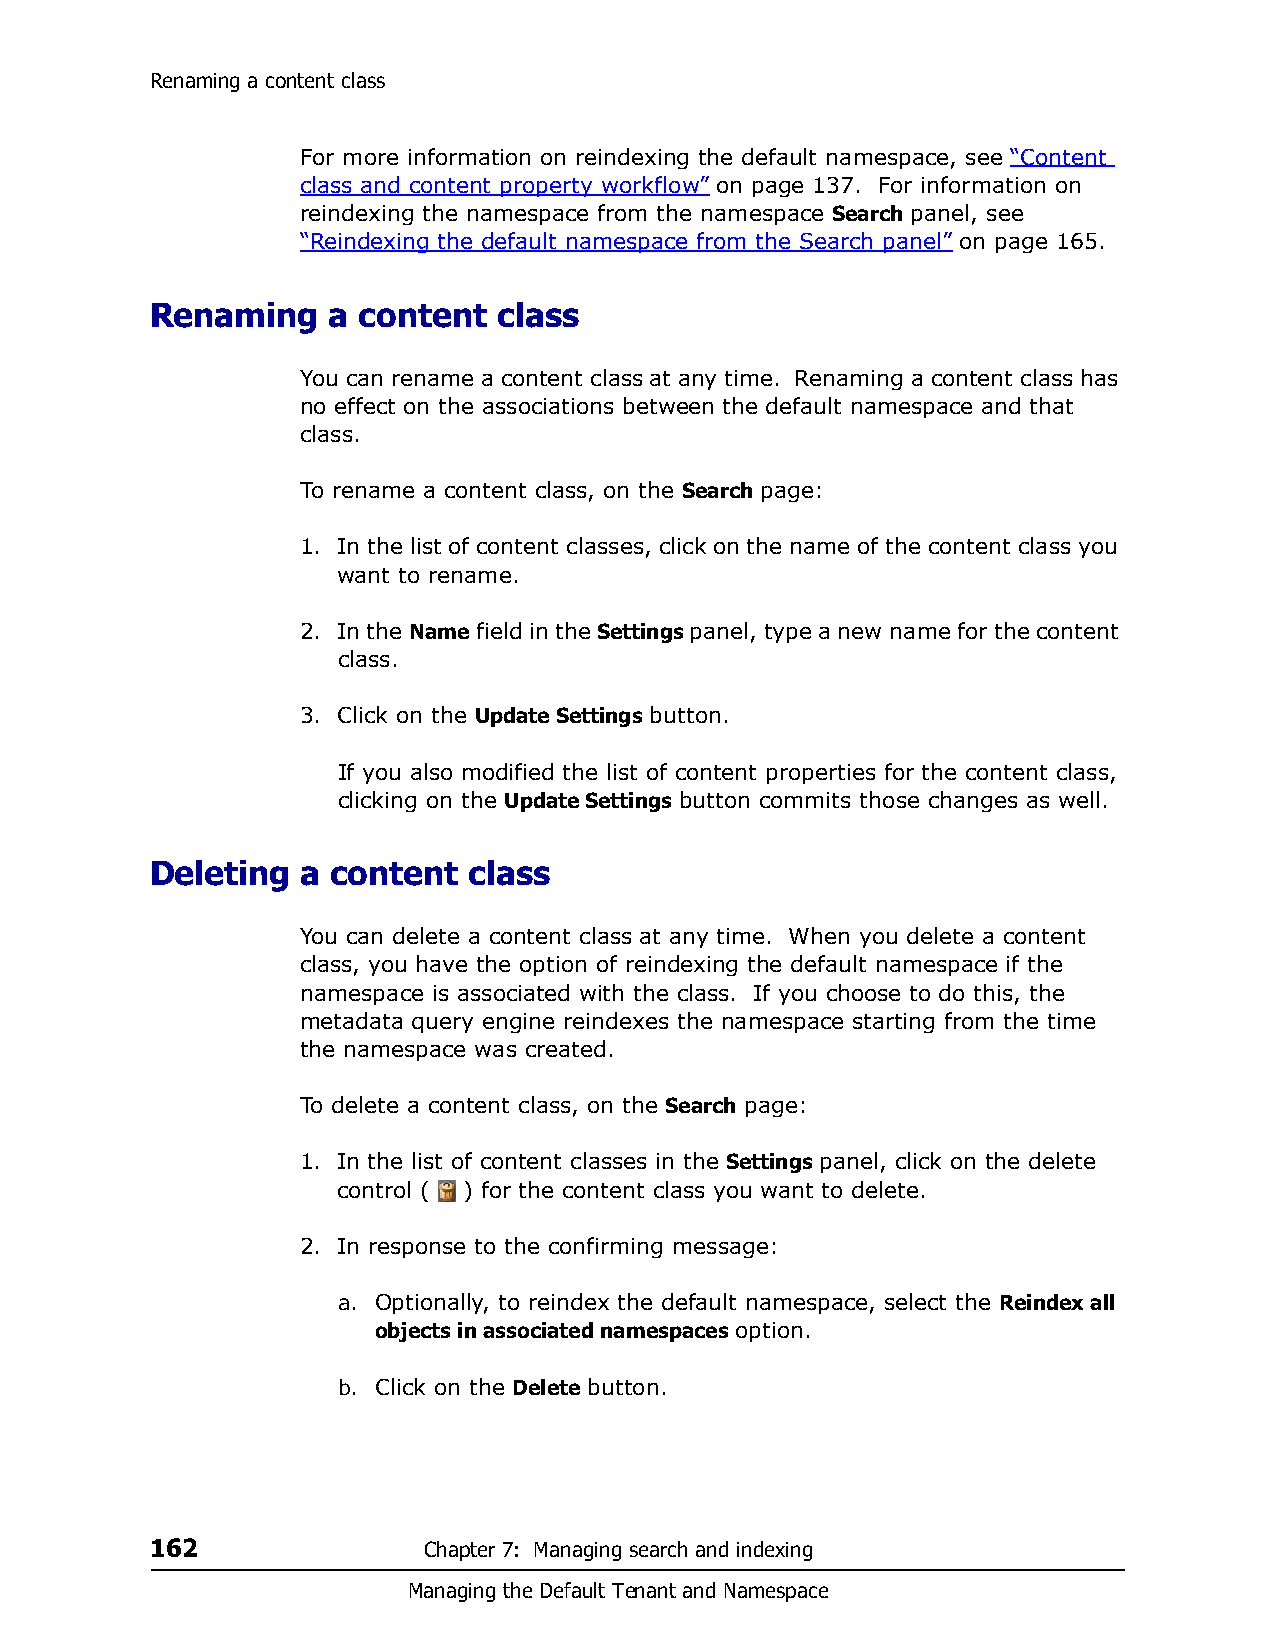
Renaming a content class
 For more information on reindexing the default namespace, see “Content
 class and content property workflow” on page 137. For information on
 reindexing the namespace from the namespace Search panel, see
 “Reindexing the default namespace from the Search panel” on page 165.
 Renaming    a content  class
 You can rename a content class at any time. Renaming a content class has
 no effect on the associations between the default namespace and that
 class.
 To rename a content class, on the Search page:
 1. In the list of content classes, click on the name of the content class you
 want to rename.
 2. In the Name field in the Settings panel, type a new name for the content
 class.
 3. Click on the Update Settings button.
 If you also modified the list of content properties for the content class,
 clicking on the Update Settings button commits those changes as well.
 Deleting  a content  class
 You can delete a content class at any time. When you delete a content
 class, you have the option of reindexing the default namespace if the
 namespace is associated with the class. If you choose to do this, the
 metadata query engine reindexes the namespace starting from the time
 the namespace was created.
 To delete a content class, on the Search page:
 1. In the list of content classes in the Settings panel, click on the delete
 control ( ) for the content class you want to delete.
 2. In response to the confirming message:
 a. Optionally, to reindex the default namespace, select the Reindex all
 objects in associated namespaces option.
 b. Click on the Delete button.
 162               Chapter 7: Managing search and indexing
 Managing the Default Tenant and Namespace